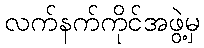
လက်နက်ကိုင်အဖွဲ့မှ